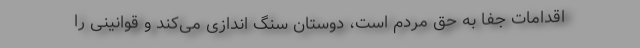
اقدامات جفا به حق مردم است، دوستان سنگ اندازی می‌کند و قوانینی را